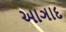
આઞાદ